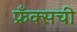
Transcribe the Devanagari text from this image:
फ्रँक्सची